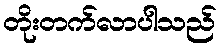
တိုးတက်လာပါသည်